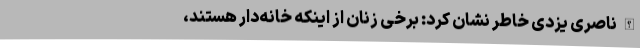
الله ناصری یزدی خاطر نشان کرد: برخی زنان از اینکه خانه‌دار هستند،